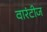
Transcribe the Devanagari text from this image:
वारंटीज